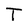
Character: T